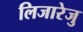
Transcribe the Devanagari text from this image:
लिजारेजु